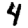
Digit: 4